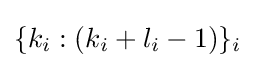
{\textstyle \{k_{i}:(k_{i}+l_{i}-1)\}_{i}}